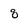
Character: 8